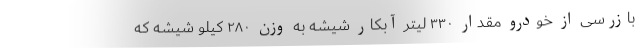
بازرسی از خودرو مقدار ۳۳۰ لیتر آبکار شیشه به وزن ۲۸۰ کیلو شیشه که